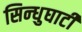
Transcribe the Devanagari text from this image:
सिन्‍धुघाटी